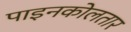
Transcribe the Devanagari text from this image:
पाइनकोलतार